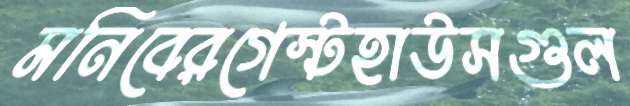
মনিবেরগেস্টহাউসগুল